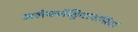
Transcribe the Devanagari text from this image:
अलेक्जेंड्रियावासियों